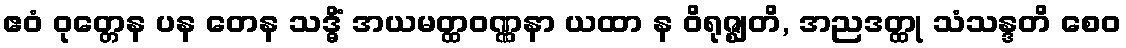
ဧဝံ ဝုတ္တေန ပန တေန သဒ္ဓိံ အယမတ္ထဝဏ္ဏနာ ယထာ န ဝိရုဇ္ဈတိ, အညဒတ္ထု သံသန္ဒတိ စေဝ